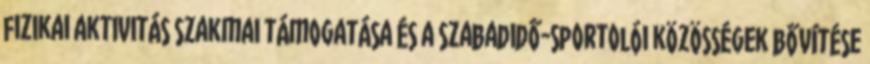
fizikai aktivitás szakmai támogatása és a szabadidő-sportolói közösségek bővítése